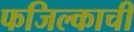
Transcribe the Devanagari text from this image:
फजिल्काची